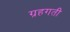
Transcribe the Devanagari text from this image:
ग्रहगती